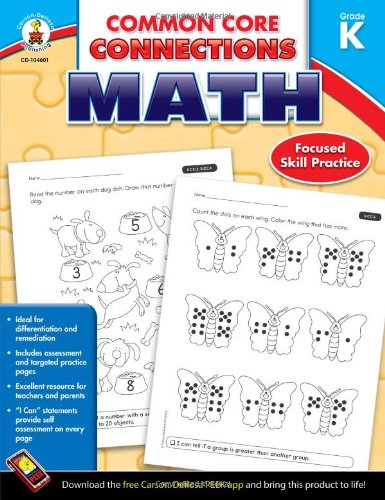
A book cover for Common Core Connections Math, Grade K; Education & Teaching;